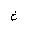
Letter: _kha